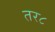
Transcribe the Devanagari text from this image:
तर८